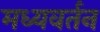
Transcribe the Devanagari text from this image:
मध्यवर्तन